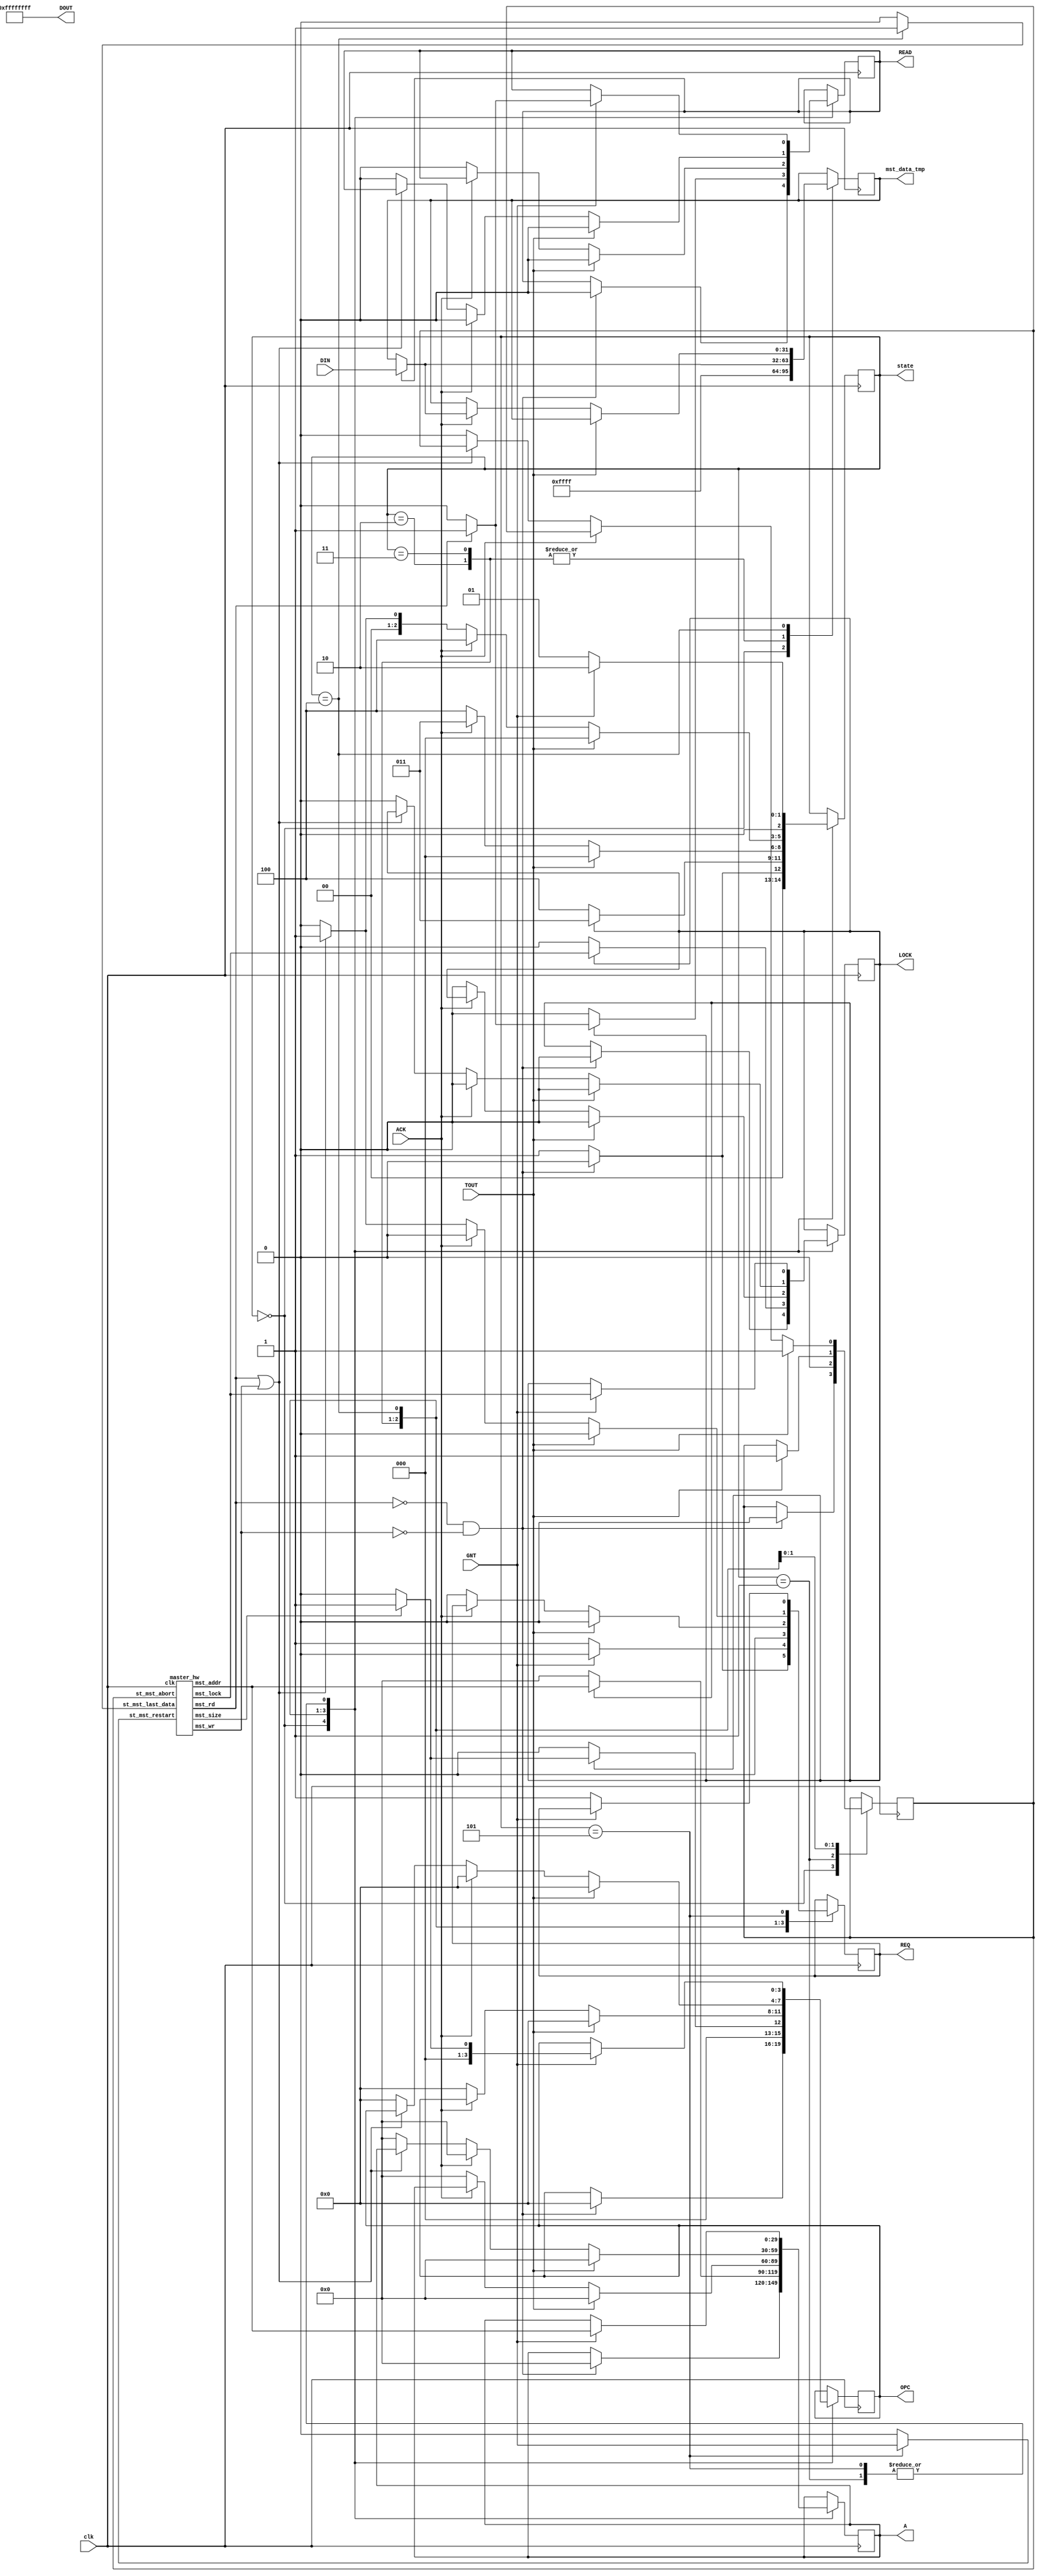
//typedef enum {IDLE, WAT, RDM, ERR, RDY, RTR } ack_status;   

//`include "bus_1.v"
//`include "slave_1.v"

`define IDLE 3'b000
`define WAT 3'b001
`define RDM 3'b010
`define ERR 3'b011
`define RDY 3'b100
`define RTR 3'b101


`define BUS_IDLE 3'b000
`define BUS_REQ 3'b001
`define BUS_ADDR 3'b010
`define BUS_ADDRDATA 3'b011
`define BUS_DATA 3'b100

`define RESET 2'b00
`define ADDRESS 2'b01
`define DATA_WAIT 2'b10

//typedef enum{MST_IDLE,MST_REQ,MST_ADDR,MST_ADDR_DATA,MST_DATA,MST_RTRCT} status;
//typedef enum{HW_IDLE,HW_REQ,HW_WAT} masterhwst;

`define MST_IDLE 3'b000
`define MST_REQ 3'b001
`define MST_ADDR 3'b010
`define MST_ADDR_DATA 3'b011
`define MST_DATA 3'b100
`define MST_RTRCT 3'b101


`define HW_IDLE 2'b00
`define HW_REQ 2'b01
`define HW_WAT 2'b10



module
   master_controller(clk,A,OPC,DIN,DOUT,LOCK,READ,REQ,GNT,TOUT,ACK, mst_data_tmp, state);
   input clk;
   input [0:31] DIN;
   input  	ACK;
   input 	GNT;
   input 	TOUT;
   output [0:31] DOUT;
   output [0:29] A;
   output [0:3]  OPC;
   output 	 LOCK;
   output 	 READ;
   output 	 REQ;
   output [0:31] mst_data_tmp;
   output [0:2] state;

    wire ACK;
   wire 	 mst_rd;
   wire 	 mst_wr;
   wire 	 mst_lock;
   wire 	 mst_size;
   wire 	 st_mst_rd;
   wire 	 st_mst_wr;
   wire 	 st_mst_last_data;
   wire 	 st_mst_restart;
   wire 	 st_mst_abort;
   wire [0:29] 	 mst_addr;
   

//   master_hw M_HW(mst_rd,mst_wr,mst_lock,mst_size,mst_addr,st_mst_last_data,st_mst_restart,st_mst_restart,st_mst_abort,clk);
   master_hw M_HW(mst_rd,mst_wr,mst_lock,mst_size,mst_addr,st_mst_last_data,st_mst_abort,st_mst_restart,clk);

    reg [0:2] state;
   reg 		 lock_tmp;
   reg 		 read_tmp;
   reg 		 st_mst_rd_tmp;
   reg 		 st_mst_abort_tmp;
   reg [0:31] 	 mst_data_tmp;
   reg [0:29] 	 addr_tmp;
   reg [0:3] 	 opc_tmp;
   reg 		 req_tmp;
   
   
   initial
      begin
	 state = `MST_IDLE;
	 lock_tmp = 0;
	 read_tmp = 0;
	 st_mst_rd_tmp = 0;
	 st_mst_abort_tmp = 0;
	 mst_data_tmp = {{16{1'b0}},{16{1'b1}}};
	 addr_tmp = {30{1'b0}};
	 opc_tmp = 4'b0000;
	 req_tmp = 0;
	 
      end //end initial
   
   
   assign A = addr_tmp; // this may not work
   assign OPC = opc_tmp;
   assign LOCK = lock_tmp;
   assign READ = read_tmp;
   assign REQ = req_tmp;
   assign st_mst_abort = st_mst_abort_tmp;
   assign DOUT = {32{1'b1}};
   assign st_mst_last_data = (state == `MST_DATA)? 1 : 0;
   assign st_mst_rd = (state == `MST_ADDR || state == `MST_ADDR_DATA)? 1 & read_tmp : 0;
   assign st_mst_wr = (state == `MST_ADDR || state == `MST_ADDR_DATA)? 1 & (~read_tmp):0;
   assign st_mst_restart = (state == `MST_RTRCT)? 1 & GNT : 0;
  
   always @(posedge clk) begin
      case (state)
	`MST_IDLE:
	   begin
	       mst_data_tmp = {{16{1'b0}},{16{1'b1}}}; //default value
	      if (mst_rd==0 && mst_wr==0)
		 begin
		    st_mst_abort_tmp=0;
		    state = `MST_IDLE;
		    lock_tmp = 0;
		    req_tmp = 0;
		    addr_tmp = {30{1'b0}};
		    opc_tmp = 4'b0000;
		    read_tmp = 0;
		 end
	      else
		 begin
		    req_tmp = 1;
		    state = `MST_REQ;
		 end
	   end
	`MST_REQ:
	   begin
	      st_mst_abort_tmp = 0;
	      if (GNT == 0)
		 begin
		    req_tmp = 1;
		    state = `MST_REQ;
		 end
	      else
		 begin
		    state = `MST_ADDR;
		    req_tmp = 0;
		    addr_tmp = mst_addr;
		    opc_tmp = (mst_size==1)? 4'b0001:4'b0000;
		    read_tmp = (mst_rd == 1)? 1 : 0;
		    lock_tmp = mst_lock;
		 end
	   end
	`MST_ADDR:
	   begin
	      if (read_tmp == 1)
		 mst_data_tmp = DIN;
	      //else
		// mst_data_tmp = mst_datain;
	      if (lock_tmp == 1)
		 begin
		    state = `MST_ADDR_DATA;
		    req_tmp = 0;
		    addr_tmp = mst_addr;
		    opc_tmp = (mst_size==1)? 4'b0001:4'b0000;
		    read_tmp = (mst_rd == 1)? 1 : 0;
		    lock_tmp = mst_lock;
		 end
	      else	
		 begin
		    state = `MST_DATA;
		    req_tmp = 0;
		    addr_tmp = {30{1'b0}};
		    opc_tmp = 4'b0000;
		    read_tmp = 0;
		    lock_tmp = 0;
		 end
	   end
	`MST_ADDR_DATA:
	   begin
	      if (read_tmp == 1)
		 mst_data_tmp = DIN;
	      //else
		// mst_data_tmp = mst_datain;
	      if ((ACK == `ERR)||(TOUT == 1)) 
		 begin
		    state = `MST_IDLE;
		    st_mst_abort_tmp = 1;
		    lock_tmp = 0;
		    req_tmp = 0;
		    addr_tmp = {30{1'b0}};
		    opc_tmp = 4'b0000;
		    read_tmp = 0;
		 end
	      else if (ACK == `RTR) 
		 state = `MST_RTRCT;
		   else if (((ACK==`RDM)||(ACK==`RDY))&& (lock_tmp == 1))
		      begin
			 req_tmp = 0;
			 addr_tmp = mst_addr;
			 opc_tmp = (mst_size==1)? 4'b0001:4'b0000;
			 read_tmp = (mst_rd == 1)? 1 : 0;
			 lock_tmp = mst_lock;
			 state = `MST_ADDR_DATA;
		      end
			else if (ACK==`WAT)
			   begin
			      state = `MST_ADDR_DATA;
			   end
			     else
				begin
				   req_tmp = 0;
				   addr_tmp = {30{1'b0}};
				   opc_tmp = 4'b0000;
				   read_tmp = 0;
				   lock_tmp = 0;
				   state = `MST_DATA;
				end
	   end
	`MST_DATA:
	   begin
	      if ((ACK == `ERR)||(TOUT == 1))
		 begin
		    state = `MST_IDLE;
		    st_mst_abort_tmp = 1;
		    lock_tmp = 0;
		    req_tmp = 0;
		    addr_tmp = {30{1'b0}};
		    opc_tmp = 4'b0000;
		    read_tmp = 0;
		 end
	      else if (ACK == `RTR)
		 state = `MST_RTRCT;
		   else if (ACK == `WAT)
		      begin
			 if (read_tmp == 1)
			    mst_data_tmp = DIN;
			 req_tmp = 0;
			 state = `MST_DATA;
			 addr_tmp = {30{1'b0}};
			 opc_tmp = 4'b0000;
			 read_tmp = 0;
			 lock_tmp = 0;
		      end
			else if (mst_rd==1 || mst_wr==1)
			   begin
			      req_tmp = 1;
			      state = `MST_REQ;
			   end // if (mst_rd==1 || mst_wr==1)
			     else
				begin
				   req_tmp = 0;
				   st_mst_abort_tmp=0;
				   lock_tmp = 0;
				   addr_tmp = {30{1'b0}};
				   opc_tmp = 4'b0000;
				   read_tmp = 0;
				   state = `MST_IDLE;
				end
			   
	   end
	`MST_RTRCT:
	   begin
	      if (GNT == 1)
		 begin
		    addr_tmp = mst_addr;
		    opc_tmp = (mst_size==1)? 4'b0001:4'b0000;
		    read_tmp = (mst_rd == 1)? 1 : 0;
		    lock_tmp = mst_lock;
		    state = `MST_ADDR;
		 end
	      else
		 begin
		    req_tmp = 1;
		    state = `MST_REQ;
		 end
	   end
	
	
      endcase
   end
endmodule


module
   master_hw(mst_rd,mst_wr,mst_lock,mst_size,mst_addr,st_mst_last_data,st_mst_abort,st_mst_restart,clk);
   output mst_rd;
   output mst_wr;
   output mst_lock;
   output mst_size;
   output [0:29] mst_addr;
   input 	 st_mst_last_data;
   input 	 st_mst_abort;
   input 	 st_mst_restart;
   input 	 clk;
   
   wire 	 mst_rd;
   wire 	 mst_wr;
   wire 	 mst_lock;
   wire 	 mst_size;
   wire [0:29] 	 mst_addr;
      
   reg [0:3] 	 counter;
   reg 		 mstrd;
   reg 		 mstwr;
   reg 		 togglerw;
    	 
    reg statem;
   initial begin
      statem = `HW_IDLE;
  //    togglerw = $ND(0,1);
    //  counter = $ND(0,1,2,3,4,5,6,7,8,9,10,11,12,13,14,15);
      mstrd = 0;
      mstwr = 0;
            
   end
   
   assign mst_rd = mstrd;
   assign mst_wr = mstwr;
   //assign mst_size = $ND(0,1);
   //assign mst_lock = $ND(0,1);
   assign mst_addr = {30{1'b1}};
  
   always @(posedge clk) begin
      case (statem)
	`HW_IDLE:
	   begin
	      statem = `HW_REQ;
	   end
	`HW_REQ:
	   begin
	      togglerw = ~togglerw;
	      if (togglerw == 1)
		 mstrd = 1;
	      else
		 mstwr = 1;
	      statem = `HW_WAT;
	   end 
	`HW_WAT:
	   begin
	      if ((st_mst_last_data == 1) || (st_mst_abort == 1))
		 begin
		    mstrd = 0;
		    mstwr = 0;
		    statem = `HW_IDLE;
		 end
	      else if (st_mst_restart == 1)
		 statem = `HW_REQ;
		   else
		      statem = `HW_WAT;
	   end 
	
      endcase
   end 
endmodule






module pi_state_machine( clk, Din, A, ACK, OPC, READ, filled, data_ready, error, TOUT, Dout, SEL_0, state, dataout);
   //input slave_abort;
   input [0:31] Din;
   input [0:29] A;
   input [0:3] 	OPC;
   input 	READ;
   input 	SEL_0;
   //   input 	LOCK;
   input 	TOUT;
   input 	clk;
   
   // the foll are the inputs from the slave device
   input 	filled; // indicates that the data buffer of the uo/p device are filled
   input 	data_ready;
   input 	error; // this is a crappy input; do something about it later
   
   //   input 	 data_ready;
   //   input    slave_done;
   //   input 	 slave_last;
   //   input 	 slave_retract;
   //   input 	 slave_abort;
   //outputs
   output [0:31] Dout;
   output 	 ACK;
    wire ACK;

    output [0:1] state;   
     output [0:31] 	dataout;

   // the foll stuff is internal stuff
   reg [0:29] 	address;
   reg [0:3] 	opc; // so far I haven't used the opcode stuff
   reg 		read_or_write; // this may not be necc
   reg [0:31] 	dataout;
   reg [0:31] 	datain;
   reg [0:31] 	data;
   
   //these two are internal status registers
     reg  acknowledge;
    reg [0:1] state;
   
   //internal stuff ends here
   //the state diagram starts here   
   initial state = `RESET;
   initial acknowledge = `IDLE;
   
   initial address = 30'b000000000000000000000000000000;
   initial opc = 4'b0000;
   initial read_or_write =0;
   initial data = {32{1'b1}}; //the value sent to mst upon request
   initial datain = 0;
   initial dataout =0; //default value of the output dataline
   
   //	 Dout = z;
   //	 Din = z;
   assign Dout = dataout;
   assign ACK = acknowledge;


   always @(posedge clk) 
      begin
	 case (state)
	   `RESET:
	      begin
		 dataout = 0; // should be tristated 
		 acknowledge = `IDLE; // should be tristated 
		 if (SEL_0 == 1)
		    begin
		       address = A;
		       opc =  OPC;
		       read_or_write = READ;
		       state = `ADDRESS;
		    end // if (SEL_0 == 1)
		 else // the slave is not selected
		    begin
		       state = `ADDRESS;
		       dataout = 0;
		    end // else: !if(SEL_0 == 1)
	      end // case: IDLE
	   `ADDRESS:
	      begin
		 if (error == 1)
		    begin
		       dataout = {32{1'b0}}; // should be tristated
		       acknowledge = `ERR;
		       state = `ADDRESS;
		    end // if (error = 1)
		 // the prev error code is crappy ; do some shit
		 else
		    begin
		       if (SEL_0 == 0)
			  begin
			     dataout = {32{1'b0}}; // should be tristated 
			     acknowledge = `IDLE; // should be tristated 
			     if (SEL_0 == 1)
				begin
				   address = A;
				   opc =  OPC;
				   read_or_write = READ;
				   state = `ADDRESS;
				end // if (SEL_0 == 1)
			     
			     else // the slave is not selected
				begin
				   state = `ADDRESS;
				end // else: !if(SEL_0 == 1)
			  end // if (SEL_0 == 0)
		       else
			  begin
			     if ((READ && data_ready)||((!READ)&&(!filled)))
				begin
				   if (READ)  // reading
				      begin
					 dataout = data;
					 acknowledge = `RDY;
					 // ignoring the `RDM mode for now
					 if (SEL_0 == 1)
					    begin
					       address = A;
					       opc =  OPC;
					       read_or_write = READ;
					       state = `ADDRESS;
					    end // if (SEL_0 == 1)
					 else
					    begin
					       state = `ADDRESS;
					    end // else: !if(SEL_0 == 1)
				      end // if ( read_or_write)
				   else   // writing
				      begin
					 datain = Din;
					 acknowledge = `RDY;
					 if (SEL_0 == 1)
					    begin
					       address = A;
					       opc =  OPC;
					       read_or_write = READ;
					       state = `ADDRESS;
					       dataout = {32{1'b0}};
					       
					    end // if (SEL_0 == 1)
					 else
					    begin
					       state = `ADDRESS;
					    end // else: !if(SEL_0 == 1)
				      end // else: !if( read_or_write)
				end // if ((read_or_write && data_ready)||((!read_or_write)&&(!filled)))
			     if ((READ && (! data_ready))||((!READ) && filled))
				begin
				   acknowledge = `WAT;
				   state = `DATA_WAIT;
				end // if ((read_or_write && (! data_ready))||((!read_or_write) && filled))
			  end // else: !if(SEL_0 == 0)
		       // remember that I have still to add the error branch
		    end // else: !if(error == 1)
		 
	      end // case: `ADDRESS
	   `DATA_WAIT:
	      begin
		 if ((TOUT == 1)||(error ==1))
		    begin
		       dataout = {32{1'b0}};// must be tristated
		       if (error == 1)
			  begin
			     acknowledge = `ERR;
			     state = `ADDRESS;
			  end // if (error == 1)
		       else
			  begin
			     acknowledge =  `IDLE; // must be tristated
			     state = `ADDRESS;
			  end // else: !if(error == 1)
		    end // if (TOUT == 1)
		 if ((READ && data_ready)||((!READ)&&(!filled)))
		    begin
		       if (READ)  // reading
			  begin
			     dataout = data;
			     acknowledge = `RDY;
			     // ignoring the `RDM mode for now
			     if (SEL_0 == 1)
				begin
				   address = A;
				   opc =  OPC;
				   read_or_write = READ;
				   state = `ADDRESS;
				end // if (SEL_0 == 1)
			     else
				begin
				   state = `ADDRESS;
				end // else: !if(SEL_0 == 1)
			  end // if ( read_or_write)
		       else   // writing
			  begin
			     datain= Din;
			     acknowledge = `RDY;
			     if (SEL_0 == 1)
				begin
				   address = A;
				   opc =  OPC;
				   read_or_write = READ;
				   state = `ADDRESS;
				end // if (SEL_0 == 1)
			     else
				begin
				   state = `ADDRESS;
				end // else: !if(SEL_0 == 1)
			  end // else: !if( read_or_write)
		    end // if ((read_or_write && data_ready)||((!read_or_write)&&(!filled)))
		 if ((READ && (! data_ready))||((!READ) && filled))
		    begin
		       acknowledge = `WAT;
		       state = `DATA_WAIT;
		    end // if ((read_or_write && (! data_ready))||((!read_or_write) && filled))
		 //************************************************************************************************	
	      end // case: `DATA_WAIT
	 endcase // case(state)
      end // always @ (posedge clk)
   
   
endmodule // pi_state_machine

module dummyslavedevice ( filled, error, data_ready);
   
   output filled;
   output error;
   output data_ready;
   //  reg 	  r_filled;
   //  reg   r_error;
   //  reg   r_data_ready;
   //  wire   randchoice;
   //   assign randchoice = $ND(0,1);
   
//   assign  filled =$ND(0,1);
  // assign  data_ready = $ND(0,1);
 //  assign  error =$ND(0,1);

   /*
    always @(posedge clk)
    begin
    if (randchoice == 1)
    begin
    r_filled = 1;
    r_dataready = 1;
    r_error = 1;
	    end // if (randchoice == 1)
    else
	    begin
	       r_filled = 0;
	       r_dataready = 0;
	       r_error = 0;
	    end // else: !if(randchoice == 1)
      end // always @ (posedge clk)
  */ 	       
endmodule // dummyslavedevice
 


// modific for default master etc....
module
   bus_cont(A,OPC,ACK,LOCK,READ,SEL_0,GNT_0,GNT_1,REQ_0,REQ_1,TOUT,clk);

   input [0:29] A;
   input [0:3] 	OPC;
   input  	ACK;
   input 	LOCK;
   input 	READ;
   input 	clk;
   input 	REQ_0;
   input 	REQ_1;
   output 	GNT_0;
   output 	GNT_1;
   output 	SEL_0;
   output 	TOUT;
  
    wire ACK;
   
   wire 	GNT_0;
   wire 	GNT_1;
   wire 	SEL_0;
   wire 	TOUT;

   reg 		GNT_reg_0;
   reg 		GNT_reg_1;
   reg [0:7] 	TOUT_cnt;
   reg 		r_TOUT;
   reg 		select_reg;
   reg  	GNT_mux;
   
    reg state;
   
   
   //assign GNTdm = GNTdm_tmp;
   assign GNT_0 = GNT_reg_0;
   assign GNT_1 = GNT_reg_1;
   assign TOUT = r_TOUT;
   
   assign SEL_0 = (A[0]==1)&&(A[1]==1)&& select_reg;
   
   initial 
      begin
	 state = `BUS_IDLE;
	 GNT_reg_0 = 0;
	 GNT_reg_1 = 0;
	 TOUT_cnt = 8'b00000000;
	 r_TOUT = 0;
	 select_reg = 0;
	 GNT_mux = 0;
      end // initial begin
   
   always @(posedge clk) 
      begin

	 case (state)
	   `BUS_IDLE:
	      begin
		 TOUT_cnt = 8'b00000000;
		 if ((REQ_0 == 0) && (REQ_1==0))
		    state = `BUS_IDLE;
		 else if (REQ_0==1 && REQ_1==1)
		    begin
		       GNT_reg_0 = ~GNT_mux;
		       GNT_reg_1 = GNT_mux;
		       GNT_mux = ~GNT_mux;
		       state = `BUS_REQ;
		    end // else: !if(REQ_0 == 0)
		      else
			 begin
			    if (REQ_0==1)
			       GNT_reg_0=1;
			    else
			       GNT_reg_1=1;
			    GNT_mux = (REQ_0==1)? 1 : 0;
			    state = `BUS_REQ;
			 end // else: !if(REQ_0==1 && REQ_1==1)
		 
	       	      end // case: `BUS_IDLE
	   `BUS_REQ:
	      begin
		 GNT_reg_0 = 0;
		 GNT_reg_1 = 0;
		 if (OPC == 0)
		    select_reg = 0;
		 else
		    select_reg = 1;
		 state = `BUS_ADDR;
	      end // case: `BUS_REQ
	   `BUS_ADDR:
	      begin
		 if ((LOCK == 1) && (OPC == 0))
		    begin
		       select_reg=0;
		       GNT_reg_0 = 0;
		       GNT_reg_1 = 0;
		       state = `BUS_ADDR;
		    end
		 else if ((LOCK == 0) && (OPC == 0))
		    begin
		       if (REQ_0==1 || REQ_1==1)// any req is on
			  begin
			     if (REQ_0==1 && REQ_1==1)
				begin
				   GNT_reg_0 = ~GNT_mux;
				   GNT_reg_1 = GNT_mux;
				   GNT_mux = ~GNT_mux;
				end // else: !if(REQ_0 == 0)
			     else
				begin
				   if (REQ_0==1)
				      GNT_reg_0=1;
				   else
				      GNT_reg_1=1;
				   GNT_mux = (REQ_0==1)? 1 : 0;
				end // else: !if(REQ_0==1 && REQ_1==1)
			     state = `BUS_REQ;
			  end // if (REQ_0==1 || REQ_1==1)
		       else
			  begin
			     GNT_reg_0 = 0;
			     GNT_reg_1 = 0;
			     TOUT_cnt = 8'b00000000;
			     state = `BUS_IDLE;
			  end
		    end // if ((LOCK == 0) && (OPC == 0))
		 
		      else if ((LOCK == 0) && (!(OPC == 0)))
			 begin
			    select_reg=0;
			    
			    if (ACK == `RDY)
			       begin
				  if (REQ_0==1 || REQ_1==1)// any req is on
				     begin
					if (REQ_0==1 && REQ_1==1)
					   begin
					      GNT_reg_0 = ~GNT_mux;
					      GNT_reg_1 = GNT_mux;
					      GNT_mux = ~GNT_mux;
					   end // if (REQ_0==1 && REQ_1==1)
					else
					   begin
					      if (REQ_0==1)
						 GNT_reg_0=1;
					      else
						 GNT_reg_1=1;
					      GNT_mux = (REQ_0==1)? 1 : 0;
					   end // else: !if(REQ_0==1 && REQ_1==1)
					state = `BUS_REQ;
				     end // if (REQ_0==1 || REQ_1==1)
				  else
				     begin
					GNT_reg_0 = 0;
					GNT_reg_1 = 0;
					TOUT_cnt = 8'b00000000;
					state = `BUS_IDLE;
				     end // else: !if(REQ_0==1 || REQ_1==1)
			       end // if (ACK == `RDY)
			    else if (ACK == `ERR)
			       begin
				  GNT_reg_0 = 0;
				  GNT_reg_1 = 0;
				  TOUT_cnt = 8'b00000000;
				  state = `BUS_IDLE;
			       end // if (ACK == `ERR)
				 else
				    begin
				       state = `BUS_DATA;
				    end // else: !if(ACK == `ERR)
			 end // if ((LOCK == 0) && (!(OPC == 0)))
			   else // lock & ~NOP
			      begin
				 if (ACK==`RDY)  
				    select_reg = 1;
				 else
				    select_reg = 0;
				 GNT_reg_0 = 0;
				 GNT_reg_1 = 0;
				 state = `BUS_ADDRDATA;
			      end // else: !if((LOCK == 0) && (!(OPC == 0)))
	      end // case: `BUS_ADDR
	   	   
	   `BUS_ADDRDATA:
	      begin
		 TOUT_cnt = TOUT_cnt + 1;
		 if (TOUT_cnt == 255|| ACK == `ERR)
		    begin
		       r_TOUT =1;
		       TOUT_cnt = 8'b00000000;
		       GNT_reg_0 = 0;
		       GNT_reg_1 = 0;
		       state = `BUS_IDLE;
		    end // if (TOUT_cnt == 1)
		 else if ((LOCK==0)&&(ACK==`RDY)&&(OPC==0))
			  begin
			     if (REQ_0==1 || REQ_1==1)// any req is on
				begin
				   if (REQ_0==1 && REQ_1==1)
				      begin
					 GNT_reg_0  = ~GNT_mux;
					 GNT_reg_1  = GNT_mux;
					 GNT_mux = ~GNT_mux;
				      end // if (REQ_0==1 && REQ_1==1)
				   else
				      begin
					 if (REQ_0==1)
					    GNT_reg_0 =1;
					 else
					    GNT_reg_1 =1;
					 GNT_mux = (REQ_0==1)? 1 : 0;
				      end // else: !if(REQ_0==1 && REQ_1==1)
				   state = `BUS_REQ;
				end // if (REQ_0==1 || REQ_1==1)
			     else
				begin
				   GNT_reg_0 = 0;
				   GNT_reg_1 = 0;
				   TOUT_cnt = 8'b00000000;
				   state = `BUS_IDLE;
				end
			  end // if ((LOCK==0)&&(ACK==`RDY)&&(OPC==0))
		      else if ((LOCK==1)&&(ACK==`RDY)&&(OPC==0))
			 begin
			    GNT_reg_0 = 0;
			    GNT_reg_1 = 0;
			    select_reg = 0;
			    state = `BUS_ADDR;
			 end // if ((LOCK==1)&&(ACK==`RDY)&&(OPC==0))
			   else if (LOCK==0 && ACK==`RDY && OPC!=0)
			      begin
				 select_reg=0;
				 if (ACK == `RDY)
				    begin
				       if (REQ_0==1 || REQ_1==1)// any req is on
					  begin
					     if (REQ_0==1 && REQ_1==1)
						begin
						   GNT_reg_0  = ~GNT_mux;
						   GNT_reg_1  = GNT_mux;
						   GNT_mux = ~GNT_mux;
						end // if (REQ_0==1 && REQ_1==1)
					     else
						begin
						   if (REQ_0==1)
						      GNT_reg_0 =1;
						   else
						      GNT_reg_1 =1;
						   GNT_mux = (REQ_0==1)? 1 : 0;
						end // else: !if(REQ_0==1 && REQ_1==1)
					     state = `BUS_REQ;
					  end // if (REQ_0==1 || REQ_1==1)
				       else
					  begin
					     GNT_reg_0 = 0;
					     GNT_reg_1 = 0;
					     TOUT_cnt = 8'b00000000;
					     state = `BUS_IDLE;
					  end // else: !if(REQ_0 == 1)
				    end // if (ACK == `RDY)
				 
				 else
				    state = `BUS_DATA;
			      end // if (LOCK==0 && ACK==`RDY && OPC!=0)
				else
				   begin
				      if (!((ACK==`WAT)||(ACK ==`RDY)))
					 begin
					    GNT_reg_0 = 0;
					    GNT_reg_1 = 0;
					    select_reg = 0;  //added
					    state = `BUS_IDLE;
					 end // if (!((ACK==`WAT)||(ACK ==`RDY)))
				      else
					 begin
					    if ((ACK == `WAT)||(OPC==0))
					       select_reg=0;
					    else
					       select_reg=1;
					    GNT_reg_0 = 0;
					    GNT_reg_1 = 0;
					    state = `BUS_ADDRDATA;
					 end // else: !if(!((ACK==`WAT)||(ACK ==`RDY)))
				   end // else: !if(LOCK==0 && ACK==`RDY && OPC!=0)
	      end // case: BUS_ADDRDATA
	   
	   `BUS_DATA:
	      begin
		 TOUT_cnt = TOUT_cnt + 1;
		 if ((TOUT_cnt == 255)||(ACK==`ERR))
		    begin
		       r_TOUT = 1;
		       TOUT_cnt = 8'b00000000;
		       GNT_reg_0 = 0;
		       GNT_reg_1 = 0;
		       state = `BUS_IDLE;
		    end // if ((TOUT_cnt == 255)||(ACK==`ERR))
		 else if (ACK==`RDY)
		    begin
		       if (REQ_0==1 || REQ_1==1)
			  begin
			     if (REQ_0==1 && REQ_1==1)
				begin
				   GNT_reg_0  = ~GNT_mux;
				   GNT_reg_1  = GNT_mux;
				   GNT_mux = ~GNT_mux;
				end // if (REQ_0==1 && REQ_1==1)
			     else
				begin
				   if (REQ_0==1)
				      GNT_reg_0 =1;
				   else
				      GNT_reg_1 =1;
				   GNT_mux = (REQ_0==1)? 1 : 0;
				end // else: !if(REQ_0==1 && REQ_1==1)
			     state = `BUS_REQ;
			  end // if (REQ_0==1 || REQ_1==1)
		       else
			  begin
			     r_TOUT = 1;
			     TOUT_cnt = 8'b00000000;
			     GNT_reg_0 = 0;
			     GNT_reg_1 = 0;
			     state = `BUS_IDLE;
			     state = `BUS_DATA;
			  end // else: !if(REQ_0==1 || REQ_1==1)
		    end // if (ACK==`RDY)
		      else
			 state = `BUS_DATA;
	      end // case: `BUS_DATA
	 endcase // case(state)
      end // always @ (posedge clk)
      
   
endmodule	
   








module main (clk);
   input clk;
// THE FOLL WIRES ARE USED FOR INTERCONNECTION
   wire [0:31] data_master2slave;
   wire [0:31] data_master2slave_0;
   wire [0:31] data_master2slave_1;
   wire [0:29] address;
   wire [0:29] address_0;
   wire [0:29] address_1;
   wire [0:3]  opcode;
   wire [0:3]  opcode_0;
   wire [0:3]  opcode_1;
   
    wire    acknowledge;
   wire        read;
   wire        read_0;
   wire        read_1;
   wire        filled;
   wire        data_ready;
   wire        error;
   wire        timeout;
   wire [0:31] data_slave2master;
   wire        select;
   wire        lock;
   wire        lock_0;
   wire        lock_1;
   wire        req_0;
   wire        req_1;
   wire        gnt_0;
   wire        gnt_1;


  wire [0:31] mst_data_tmp1;
    wire [0:31] mst_data_tmp2;	
wire [0:2] state1;
wire [0:2] state2;

wire [0:1] pi_state;
wire [0:31] pi_dataout;


   assign address = address_0 | address_1;
   assign data_master2slave = data_master2slave_0 | data_master2slave_1;
   assign opcode = opcode_0 | opcode_1;
   assign read = read_0 | read_1;
   assign lock = lock_0 | lock_1;
   
  // reg 	       lock_temp, req_tmp;
  // reg [0:3]	       opc_tmp;
//   initial lock_temp = 1; // change this back
  // initial req_tmp = 1;
   //initial opc_tmp = 4'b0001;
   
   
   pi_state_machine slave_0(clk, data_master2slave, address, acknowledge, opcode, read, filled, data_ready, error, timeout, data_slave2master, select, pi_state, pi_dataout);
   dummyslavedevice d_sl_0( filled,error ,data_ready);
   master_controller M_cnt_0(clk,address_0,opcode_0,data_slave2master,data_master2slave_0,lock_0,read_0,req_0,gnt_0,timeout,acknowledge, mst_data_tmp1, state1);
   master_controller M_cnt_1(clk,address_1,opcode_1,data_slave2master,data_master2slave_1,lock_1,read_1,req_1,gnt_1,timeout,acknowledge, mst_data_tmp2, state2);
   bus_cont B_cnt(address,opcode,acknowledge,lock,read,select,gnt_0,gnt_1,req_0,req_1,timeout,clk);// cahneg lock_temp back to lock and change req_temp back to request
endmodule

//`include master2_1.v